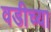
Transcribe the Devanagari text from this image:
वडीच्या